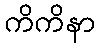
ကိကိနာ